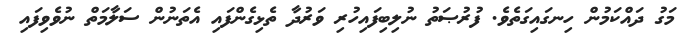
މަގު ދައްކަމުން ހިނގައިގަތެވެ. ފުރުޞަތު ނުލިބިފައިހުރި ވަރުދާ ތެޅިގެންފައި އެތަނުން ސަލާމަތް ނުވެވިފައި